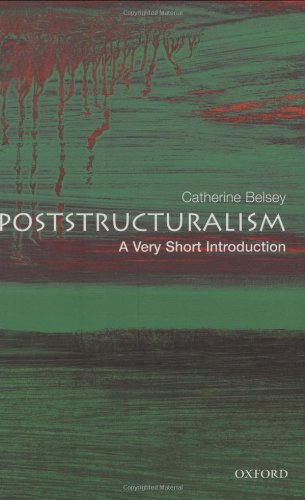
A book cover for Poststructuralism: A Very Short Introduction; Catherine Belsey; Politics & Social Sciences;